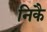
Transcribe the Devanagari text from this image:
निकै